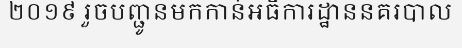
២០១៩ រួចបញ្ជូនមកកាន់អធិការដ្ឋាននគរបាល